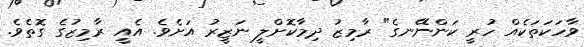
ވާހަކަތަކެއް ހުރީ ކަންނޭނގެ" ރާމިޒު ދިމާކޮށްލީ ނަޒީރު އަށެވެ. އެއީ ރާމިޒުގެ ގޮތެވެ.